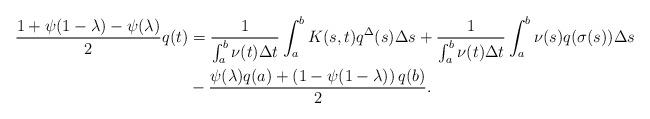
LaTeX: \begin{align*} \dfrac{1+\psi(1-\lambda)-\psi(\lambda)}{2}q(t)& =\dfrac{1}{\int_a^b \nu(t)\Delta t}\int_a^b K(s,t)q^{\Delta}(s)\Delta s + \dfrac{1}{\int_a^b \nu(t)\Delta t}\int_a^b \nu(s)q(\sigma(s))\Delta s\\& - \dfrac{\psi(\lambda)q(a)+\left(1-\psi(1-\lambda)\right)q(b)}{2}.\end{align*}